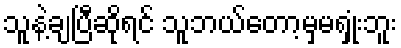
သူနဲ့ချပြီဆိုရင် သူဘယ်တော့မှမရှုံးဘူး